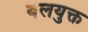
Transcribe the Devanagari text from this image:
बेलयुक्त